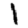
Digit: 1